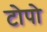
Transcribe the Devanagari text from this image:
टोपो